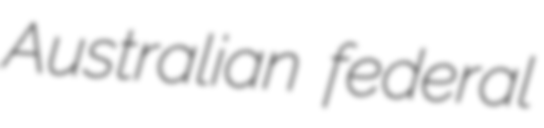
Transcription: Australian federal